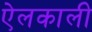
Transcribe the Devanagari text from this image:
ऐलकाली